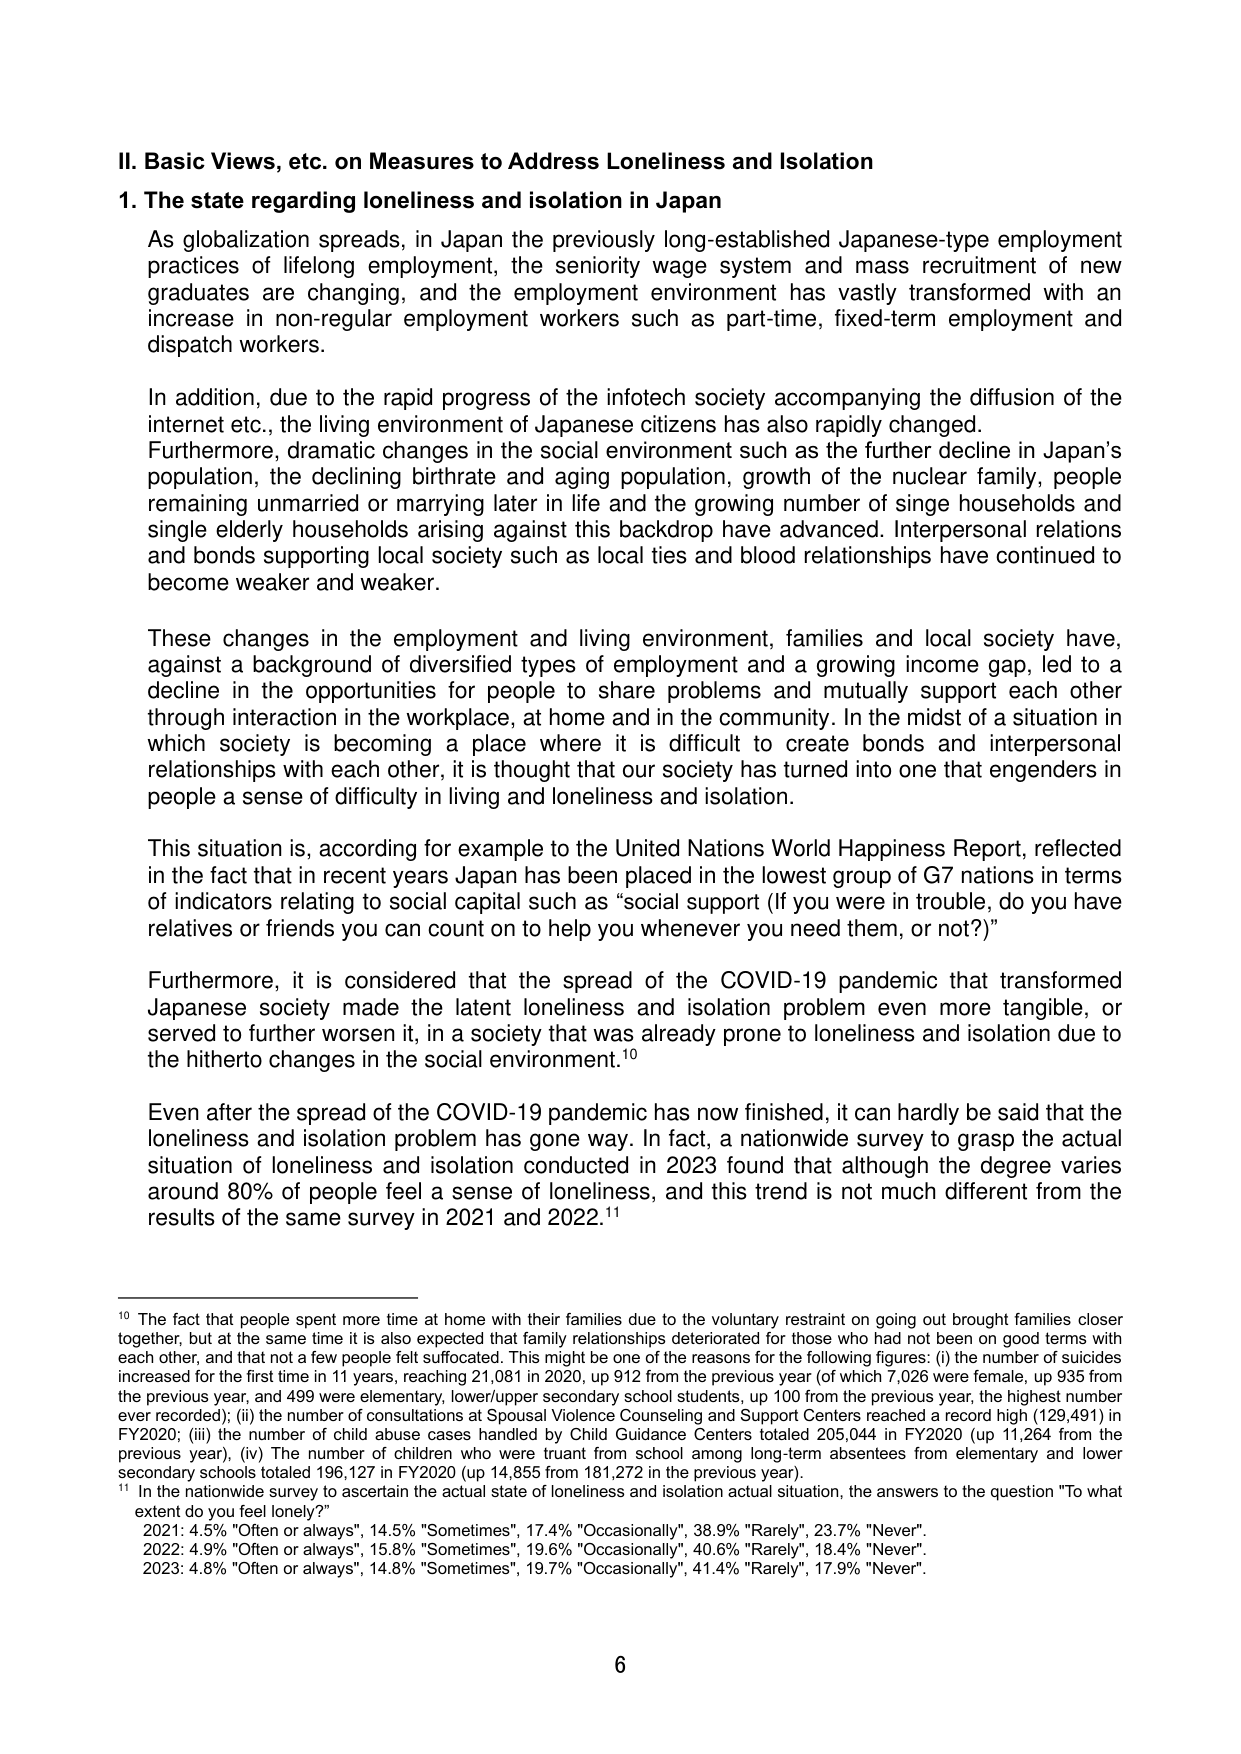
II. Basic Views, etc. on Measures to Address Loneliness and Isolation

1. The state regarding loneliness and isolation in Japan

As globalization spreads, in Japan the previously long-established Japanese-type employment practices of lifelong employment, the seniority wage system and mass recruitment of new graduates are changing, and the employment environment has vastly transformed with an increase in non-regular employment workers such as part-time, fixed-term employment and dispatch workers.

In addition, due to the rapid progress of the infotech society accompanying the diffusion of the internet etc., the living environment of Japanese citizens has also rapidly changed. Furthermore, dramatic changes in the social environment such as the further decline in Japan's population, the declining birthrate and aging population, growth of the nuclear family, people remaining unmarried or marrying later in life and the growing number of single households and single elderly households arising against this backdrop have advanced. Interpersonal relations and bonds supporting local society such as local ties and blood relationships have continued to become weaker and weaker.

These changes in the employment and living environment, families and local society have, against a background of diversified types of employment and a growing income gap, led to a decline in the opportunities for people to share problems and mutually support each other through interaction in the workplace, at home and in the community. In the midst of a situation in which society is becoming a place where it is difficult to create bonds and interpersonal relationships with each other, it is thought that our society has turned into one that engenders in people a sense of difficulty in living and loneliness and isolation.

This situation is, according for example to the United Nations World Happiness Report, reflected in the fact that in recent years Japan has been placed in the lowest group of G7 nations in terms of indicators relating to social capital such as “social support (If you were in trouble, do you have relatives or friends you can count on to help you whenever you need them, or not?)”

Furthermore, it is considered that the spread of the COVID-19 pandemic that transformed Japanese society made the latent loneliness and isolation problem even more tangible, or served to further worsen it, in a society that was already prone to loneliness and isolation due to the hitherto changes in the social environment.¹⁰

Even after the spread of the COVID-19 pandemic has now finished, it can hardly be said that the loneliness and isolation problem has gone way. In fact, a nationwide survey to grasp the actual situation of loneliness and isolation conducted in 2023 found that although the degree varies around 80% of people feel a sense of loneliness, and this trend is not much different from the results of the same survey in 2021 and 2022.¹¹

¹⁰ The fact that people spent more time at home with their families due to the voluntary restraint on going out brought families closer together, but at the same time it is also expected that family relationships deteriorated for those who had not been on good terms with each other, and that not a few people felt suffocated. This might be one of the reasons for the following figures: (i) the number of suicides increased for the first time in 11 years, reaching 21,081 in 2020, up 912 from the previous year (of which 7,026 were female, up 935 from the previous year, and 499 were elementary, lower/upper secondary school students, up 100 from the previous year, the highest number ever recorded); (ii) the number of consultations at Spousal Violence Counseling and Support Centers reached a record high (129,491) in FY2020; (iii) the number of child abuse cases handled by Child Guidance Centers totaled 205,044 in FY2020 (up 11,264 from the previous year); (iv) The number of children who were truant from school among long-term absentees from elementary and lower secondary schools totaled 196,127 in FY2020 (up 14,855 from 181,272 in the previous year).

¹¹ In the nationwide survey to ascertain the actual state of loneliness and isolation actual situation, the answers to the question "To what extent do you feel lonely?"
2021: 4.5% "Often or always", 14.5% "Sometimes", 17.4% "Occasionally", 38.9% "Rarely", 23.7% "Never".
2022: 4.9% "Often or always", 15.8% "Sometimes", 19.6% "Occasionally", 40.6% "Rarely", 18.4% "Never".
2023: 4.8% "Often or always", 14.8% "Sometimes", 19.7% "Occasionally", 41.4% "Rarely", 17.9% "Never".

6